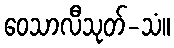
ဝေသာလီသုတ်-သံ။